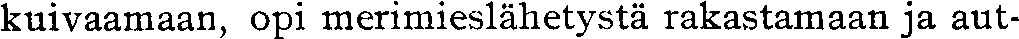
kuivaamaan, opi merimieslähetystä rakastamaan ja aut-